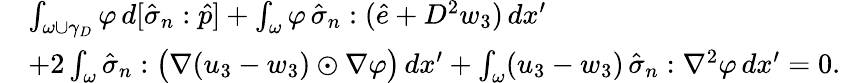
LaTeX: \begin{array}{rl}&{\int_{\omega\cup\gamma_{D}}\varphi\, d[\hat{\sigma}_{n}:\hat{p}]+\int_{\omega}\varphi\, \hat{\sigma}_{n}:(\hat{e}+D^{2}w_{3})\, dx^{\prime}}\\ &{+2\int_{\omega}\hat{\sigma}_{n}:\big(\nabla(u_{3}-w_{3})\odot\nabla\varphi\big)\, dx^{\prime}+\int_{\omega}(u_{3}-w_{3})\, \hat{\sigma}_{n}:\nabla^{2}\varphi\, dx^{\prime}=0.}\end{array}